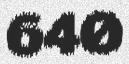
640